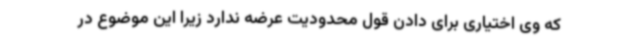
که وی اختیاری برای دادن قول محدودیت عرضه ندارد زیرا این موضوع در